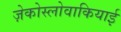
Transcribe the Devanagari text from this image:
ज़ेकोस्लोवाकियाई